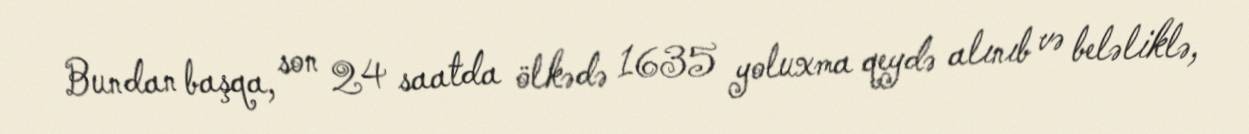
Bundan başqa, son 24 saatda ölkədə 1635 yoluxma qeydə alınıb və beləliklə,